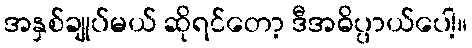
အနှစ်ချုပ်မယ် ဆိုရင်တော့ ဒီအဓိပ္ပာယ်ပေါ့။